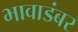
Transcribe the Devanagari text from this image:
भावाडंबर